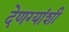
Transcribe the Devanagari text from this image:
देणग्यांशी